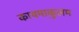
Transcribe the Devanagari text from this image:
कायमाकुलम